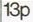
13P